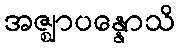
အဇ္ဈာပန္နောသိ